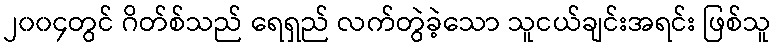
၂၀၀၄တွင် ဂိတ်စ်သည် ရေရှည် လက်တွဲခဲ့သော သူငယ်ချင်းအရင်း ဖြစ်သူ